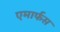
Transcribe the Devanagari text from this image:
एमार्फस